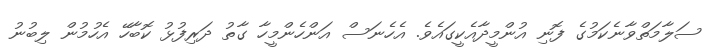
ސަލާމަތްވާނެކަމުގެ ފޮނި އުންމީދާއެކީގައެވެ. އެހެނަސް އަންހެންމީހާ ގާތު ދަރިފުޅު ކޮބާހޭ އެހުމުން ލިބުނު